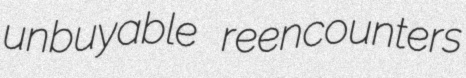
unbuyable reencounters